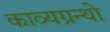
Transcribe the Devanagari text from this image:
काव्यग्रन्थो